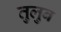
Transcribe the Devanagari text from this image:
तुलुब